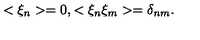
< \xi _ { n } > = 0 , < \xi _ { n } \xi _ { m } > = \delta _ { n m } .